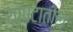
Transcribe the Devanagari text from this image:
यापटातील